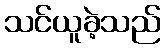
သင်ယူခဲ့သည်